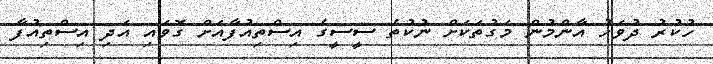
ހުކުރު ދުވަހު އާންމުން މަގުތަކަށް ނުކުތެ ސީސީގެ އިސްތިއުފާއަށް ގޮވައި އަދި އިސްތިއުފާ